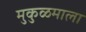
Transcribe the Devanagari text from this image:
मुकुळमाला